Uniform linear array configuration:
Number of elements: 48
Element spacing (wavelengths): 0.75
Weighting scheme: hamming
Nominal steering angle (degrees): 15
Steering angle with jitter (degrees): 15.015
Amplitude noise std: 0.05
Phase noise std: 0.05

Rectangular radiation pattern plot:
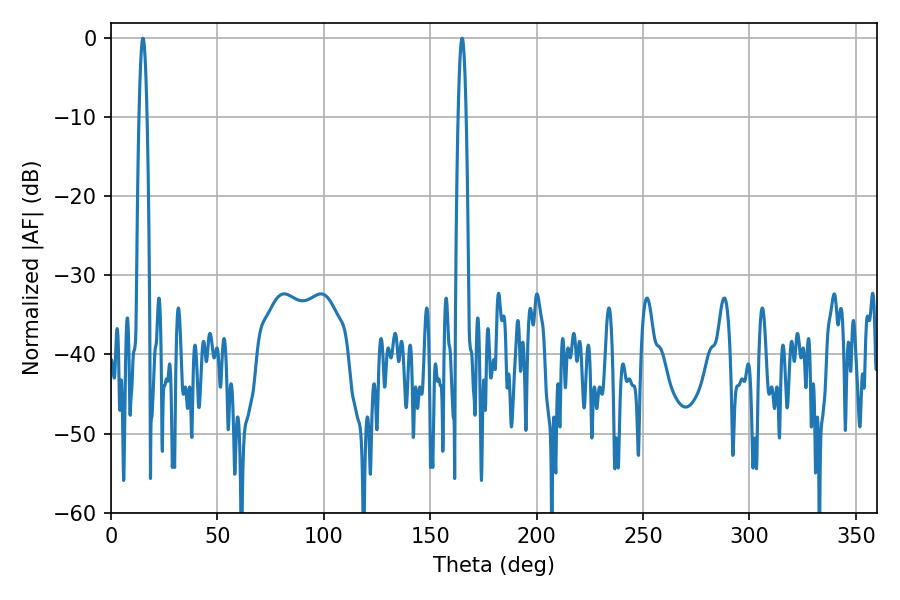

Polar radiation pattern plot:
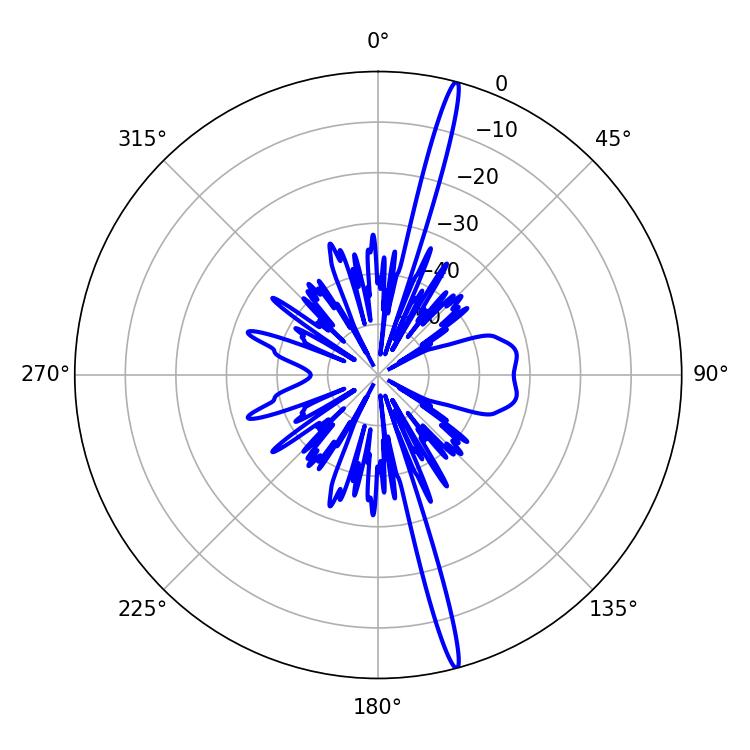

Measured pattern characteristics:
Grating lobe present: TRUE
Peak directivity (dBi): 19.829
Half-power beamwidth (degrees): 1.98
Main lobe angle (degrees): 14.94